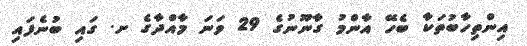
އިންތިހާބުތަކާ ބެހޭ އާންމު ގާނޫނުގެ 29 ވަނަ މާއްދާގެ ށ. ގައި ބުނެފައި